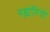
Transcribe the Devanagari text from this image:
सह्योगियो